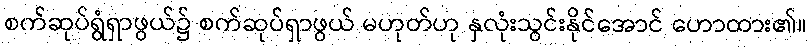
စက်ဆုပ်ရွံရှာဖွယ်၌ စက်ဆုပ်ရှာဖွယ် မဟုတ်ဟု နှလုံးသွင်းနိုင်အောင် ဟောထား၏။